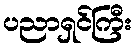
ပညာရှင်ကြီး